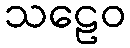
သဠေဝ